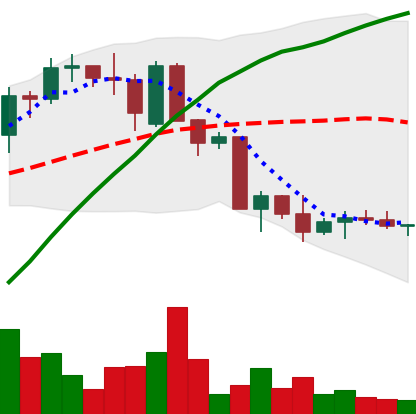
Ticker: ETC-USD
Chart end date: 2022-09-26
Forward return: -3.152%
Label: down_3_5